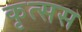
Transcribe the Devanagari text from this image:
कृत्सस